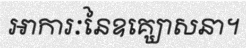
អាការៈនៃឧគ្ឃោសនា។